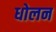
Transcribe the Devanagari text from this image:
धोलन